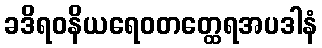
ခဒိရဝနိယရေဝတတ္ထေရအပဒါနံ